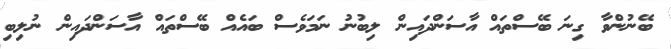
ބޭނުންވާ ގިނަ ބޭސްތައް އާސަންދައިން ލިބުނު ނަމަވެސް ބައެއް ބޭސްތައް އާސަންދައިން ނުލިބި